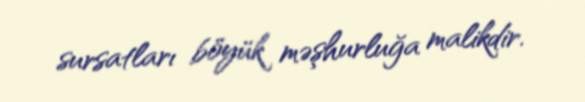
sursatları böyük məşhurluğa malikdir.